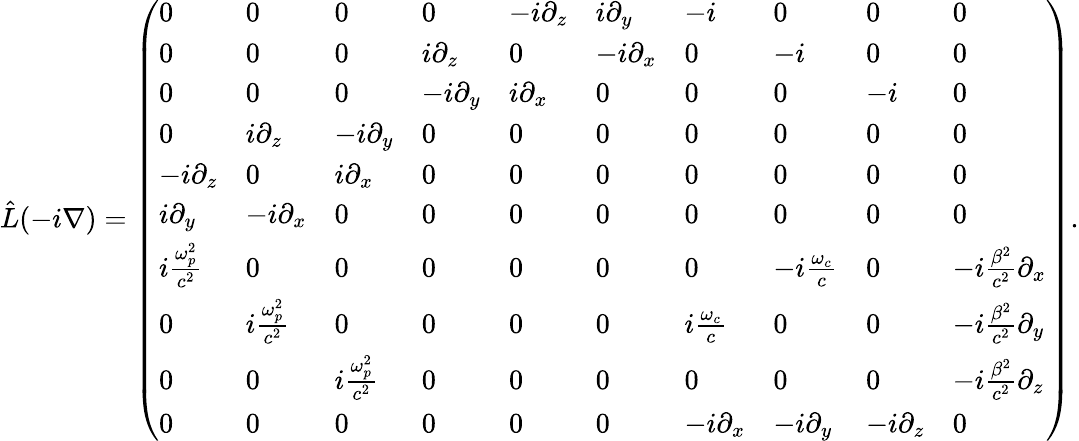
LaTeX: \hat{L}(-i\nabla)=\left(\begin{array}{llllllllll}{0}&{0}&{0}&{0}&{-i\partial_{z}}&{i\partial_{y}}&{-i}&{0}&{0}&{0}\\ {0}&{0}&{0}&{i\partial_{z}}&{0}&{-i\partial_{x}}&{0}&{-i}&{0}&{0}\\ {0}&{0}&{0}&{-i\partial_{y}}&{i\partial_{x}}&{0}&{0}&{0}&{-i}&{0}\\ {0}&{i\partial_{z}}&{-i\partial_{y}}&{0}&{0}&{0}&{0}&{0}&{0}&{0}\\ {-i\partial_{z}}&{0}&{i\partial_{x}}&{0}&{0}&{0}&{0}&{0}&{0}&{0}\\ {i\partial_{y}}&{-i\partial_{x}}&{0}&{0}&{0}&{0}&{0}&{0}&{0}&{0}\\ {i\frac{\omega_{p}^{2}}{c^{2}}}&{0}&{0}&{0}&{0}&{0}&{0}&{-i\frac{\omega_{c}}{c}}&{0}&{-i\frac{\beta^{2}}{c^{2}}\partial_{x}}\\ {0}&{i\frac{\omega_{p}^{2}}{c^{2}}}&{0}&{0}&{0}&{0}&{i\frac{\omega_{c}}{c}}&{0}&{0}&{-i\frac{\beta^{2}}{c^{2}}\partial_{y}}\\ {0}&{0}&{i\frac{\omega_{p}^{2}}{c^{2}}}&{0}&{0}&{0}&{0}&{0}&{0}&{-i\frac{\beta^{2}}{c^{2}}\partial_{z}}\\ {0}&{0}&{0}&{0}&{0}&{0}&{-i\partial_{x}}&{-i\partial_{y}}&{-i\partial_{z}}&{0}\end{array}\right).